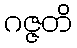
ဂဇ္ဇတိ